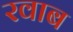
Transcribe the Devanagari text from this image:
रवाब